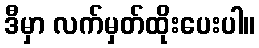
ဒီမှာ လက်မှတ်ထိုးပေးပါ။